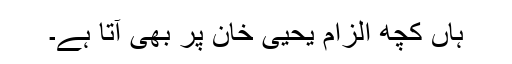
ہاں کچھ الزام یحیی خان پر بھی آتا ہے۔